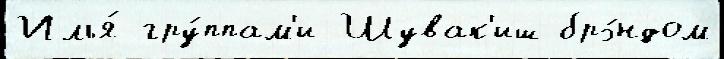
Илья́ гру́ппам'и Шувак'иш брэ́ндом